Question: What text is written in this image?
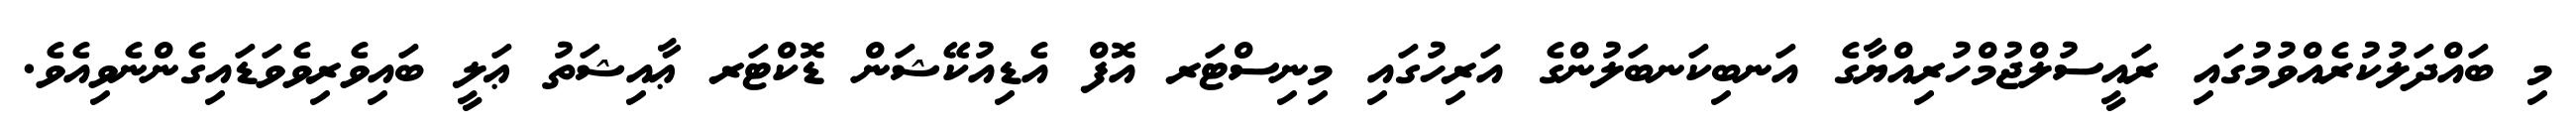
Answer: މި ބައްދަލުކުރެއްވުމުގައި ރައީސުލްޖުމްހުރިއްޔާގެ އަނބިކަނބަލުންގެ އަރިހުގައި މިނިސްޓަރ އޮފް އެޑިއުކޭޝަން ޑޮކްޓަރ ޢާއިޝަތު ޢަލީ ބައިވެރިވެވަޑައިގެންނެވިއެވެ.